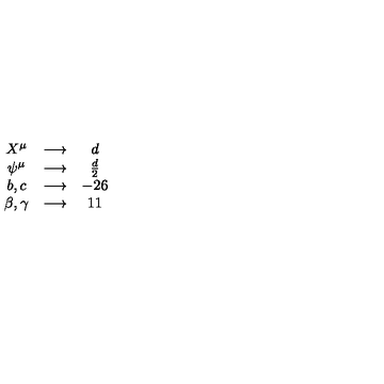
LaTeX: \begin{array} { c c c } { X ^ { \mu } } & { \longrightarrow } & { d } \\ { \psi ^ { \mu } } & { \longrightarrow } & { \frac { d } { 2 } } \\ { b , c } & { \longrightarrow } & { - 2 6 } \\ { \beta , \gamma } & { \longrightarrow } & { 1 1 } \\ \end{array}